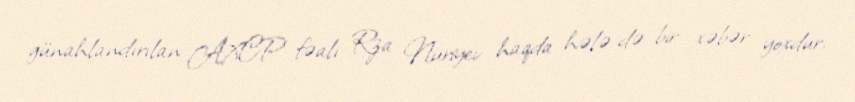
günahlandırılan AXCP fəalı Rza Nuriyev haqda hələ də bir xəbər yoxdur.